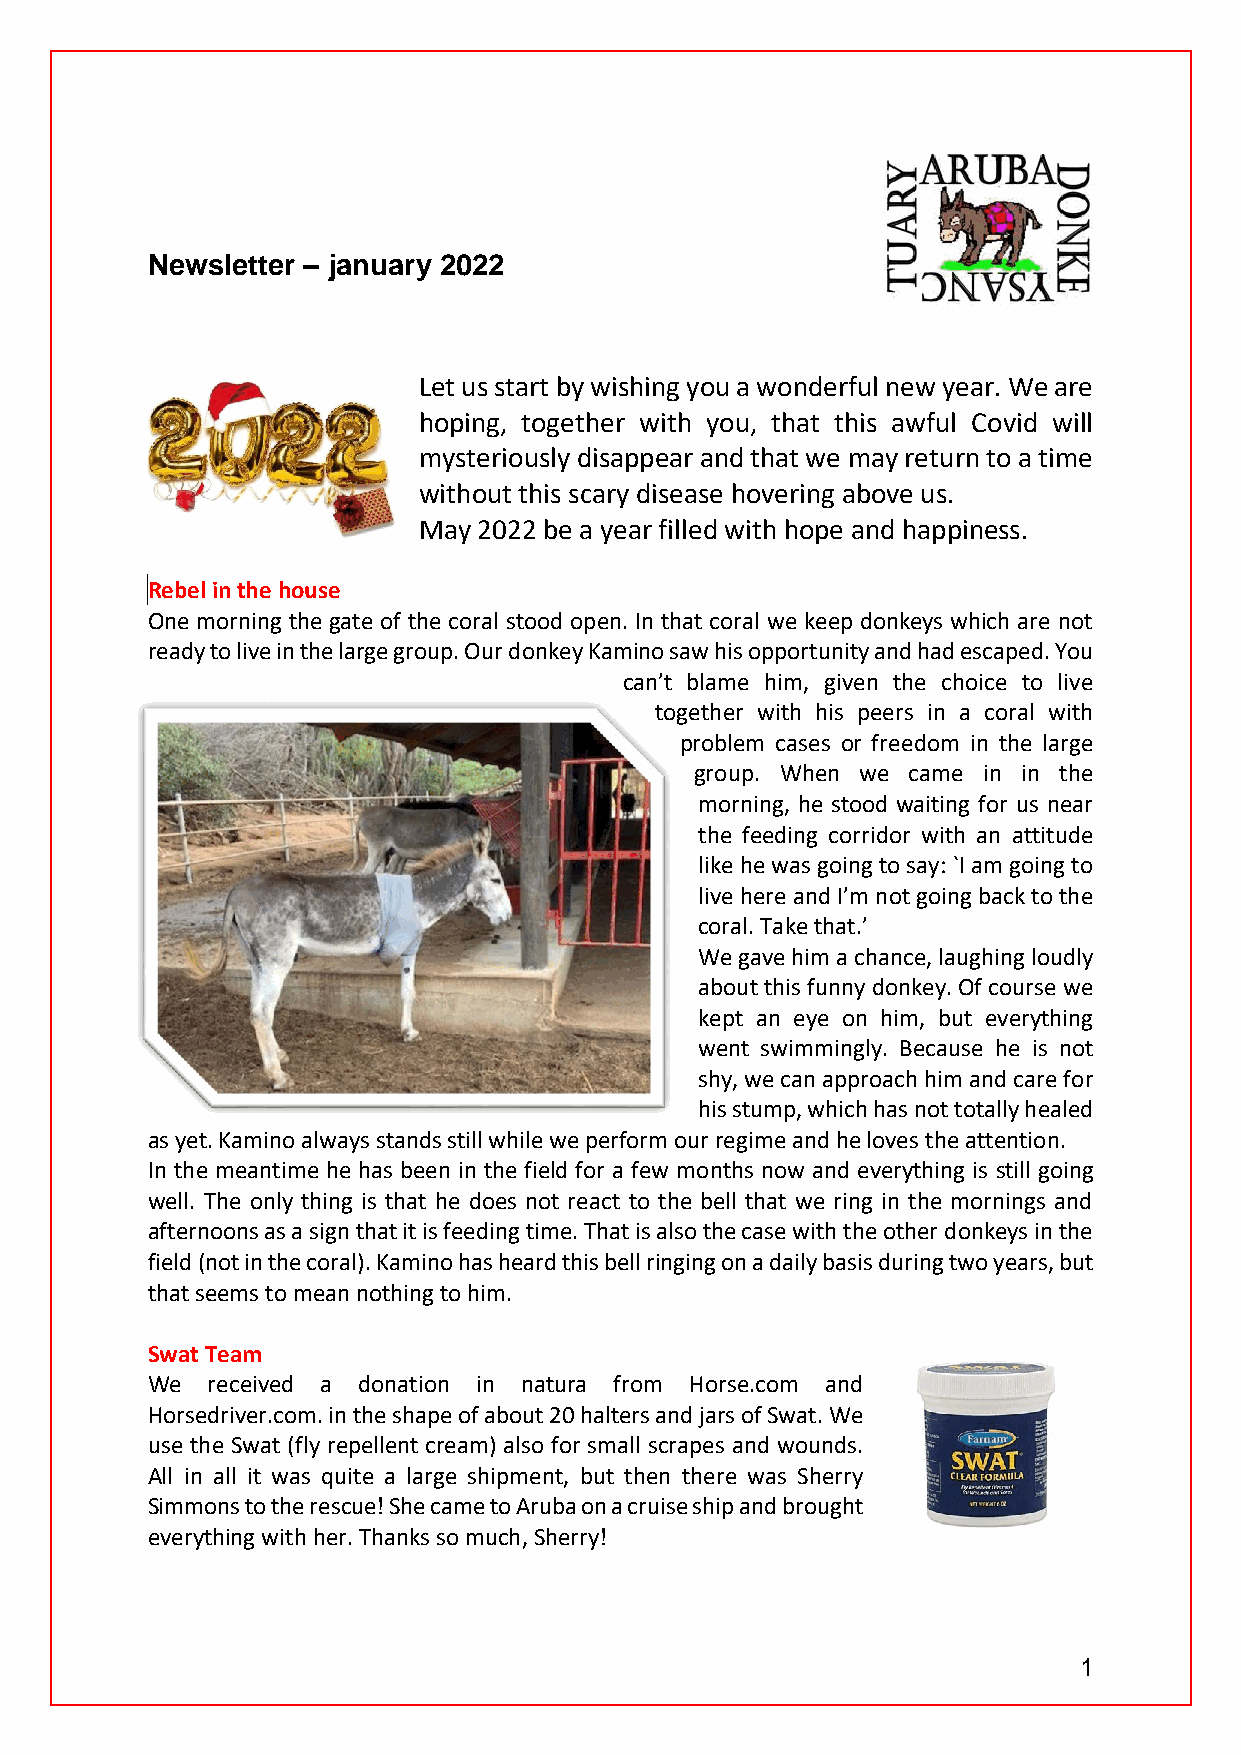
Newsletter – january 2022
 Let us start by wishing you a wonderful new year. We are
 hoping, together with you, that this awful Covid will
 mysteriously disappear and that we may return to a time
 without this scary disease hovering above us.
 May 2022 be a year filled with hope and happiness.
 Rebel in the house
 One morning the gate of the coral stood open. In that coral we keep donkeys which are not
 ready to live in the large group. Our donkey Kamino saw his opportunity and had escaped. You
 can’t blame him, given the choice to live
 together with his peers in a coral with
 problem cases or freedom in the large
 group. When we came in in the
 morning, he stood waiting for us near
 the feeding corridor with an attitude
 like he was going to say: `I am going to
 live here and I’m not going back to the
 coral. Take that.’
 We gave him a chance, laughing loudly
 about this funny donkey. Of course we
 kept an eye on him, but everything
 went swimmingly. Because he is not
 shy, we can approach him and care for
 his stump, which has not totally healed
 as yet. Kamino always stands still while we perform our regime and he loves the attention.
 In the meantime he has been in the field for a few months now and everything is still going
 well. The only thing is that he does not react to the bell that we ring in the mornings and
 afternoons as a sign that it is feeding time. That is also the case with the other donkeys in the
 field (not in the coral). Kamino has heard this bell ringing on a daily basis during two years, but
 that seems to mean nothing to him.
 Swat Team
 We  received a donation in natura from Horse.com and
 Horsedriver.com. in the shape of about 20 halters and jars of Swat. We
 use the Swat (fly repellent cream) also for small scrapes and wounds.
 All in all it was quite a large shipment, but then there was Sherry
 Simmons to the rescue! She came to Aruba on a cruise ship and brought
 everything with her. Thanks so much, Sherry!
 1